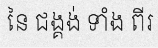
នៃ ជង្គង់ ទាំង ពីរ